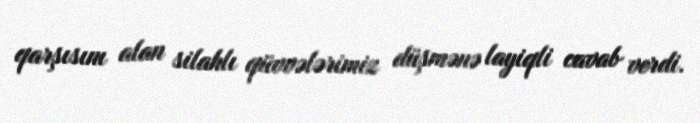
qarşısını alan silahlı qüvvələrimiz düşmənə layiqli cavab verdi.